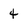
Character: 4